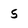
Character: 5